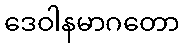
ဒေဝါနမာဂတော